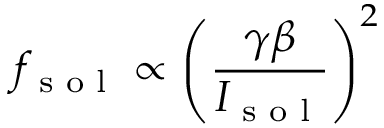
f _ { \textnormal { s o l } } \propto \left( \frac { \gamma \beta } { I _ { \textnormal { s o l } } } \right) ^ { 2 }